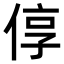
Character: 𫢷